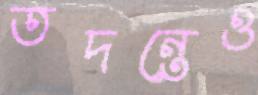
তদন্তেও